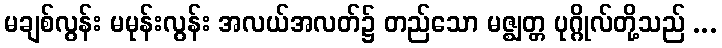
မချစ်လွန်း မမုန်းလွန်း အလယ်အလတ်၌ တည်သော မဇ္ဈတ္တ ပုဂ္ဂိုလ်တို့သည် ...